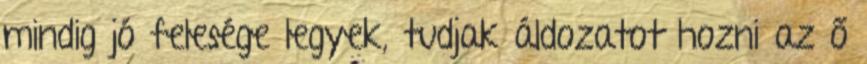
mindig jó felesége legyek, tudjak áldozatot hozni az ő